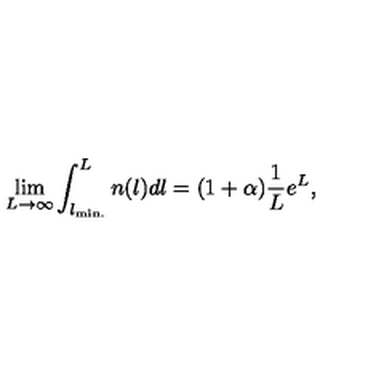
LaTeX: \lim _ { L \to \infty } \int _ { l _ { \mathrm { m i n . } } } ^ { L } n ( l ) d l = ( 1 + \alpha ) { \frac { 1 } { L } } e ^ { L } ,